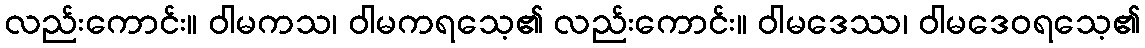
လည်းကောင်း။ ဝါမကသ၊ ဝါမကရသေ့၏ လည်းကောင်း။ ဝါမဒေဿ၊ ဝါမဒေဝရသေ့၏